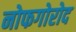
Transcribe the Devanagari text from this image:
नोफगोरोद